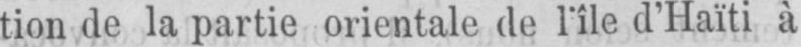
tion de la partie orientale de l’île d’Haïti à